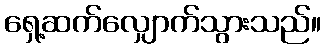
ရှေ့ဆက်လျှောက်သွားသည်။